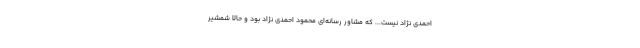
احمدی نژاد نیست... که مشاور رسانه‌ای محمود احمدی نژاد بود و حالا شمشیر